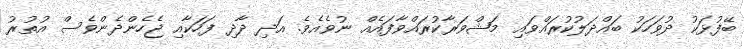
ބޭފުޅަކު ދުވަހަކު ބައްދަލުކުރައްވައި މަޝްވަރާކުރައްވާފައެއް ނުވެއެވެ. އަދި ދާދި ފަހަކާއި ޖެހެންދެންވެސް އުތުރު